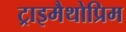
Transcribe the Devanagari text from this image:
ट्राइमैथोप्रिम